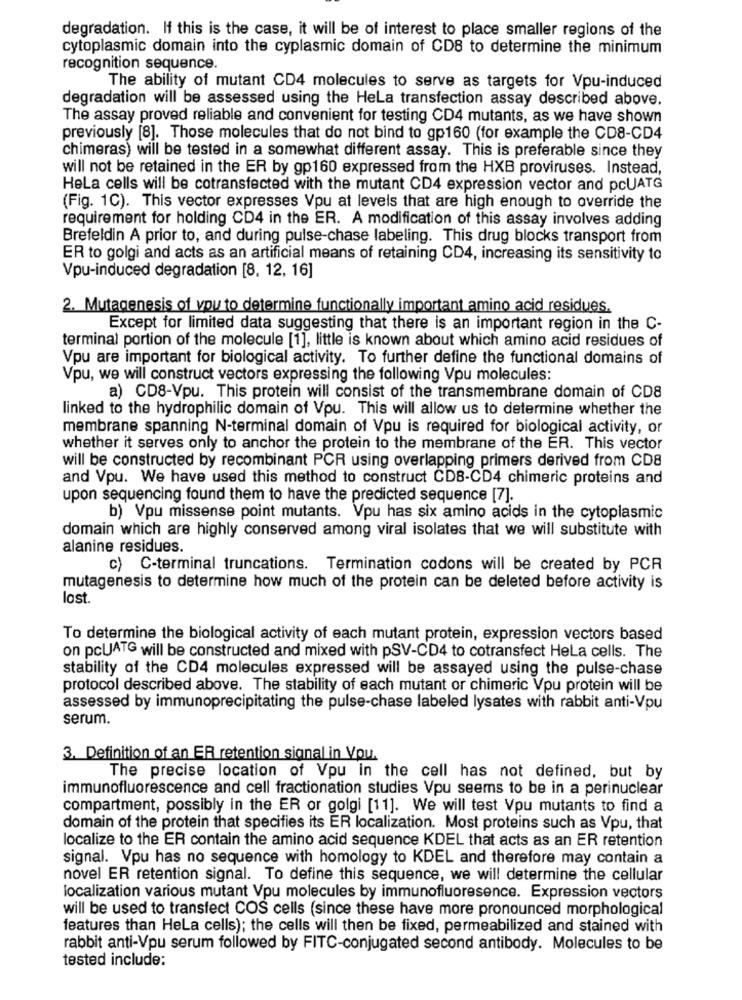
degradation. If this is the case, it will be of interest to place smaller regions of the
cytoplasmic domain into the cyplasmic domain of CD8 to determine the minimum
recognition sequence.
The ability of mutant CD4 molecules to serve as targets for Vpu-induced
degradation will be assessed using the HeLa transfection assay described above.
The assay proved reliable and convenient for testing CD4 mutants, as we have shown
previously [8]. Those molecules that do not bind to gp160 (for example the CD8-CD4
chimeras) will be tested in a somewhat different assay. This is preferable since they
will not be retained in the ER by gp160 expressed from the HXB proviruses. Instead,
Hela cells will be cotransfected with the mutant CD4 expression vector and pcUATG
(Fig. 1C). This vector expresses Vpu at levels that are high enough to override the
requirement for holding CD4 in the ER. A modification of this assay involves adding
Brefeldin A prior to, and during pulse-chase labeling. This drug blocks transport from
ER to golgi and acts as an artificial means of retaining CD4, increasing its sensitivity to
Vpu-induced degradation [8, 12, 16]
2. Mutagenesis of vou to determine functionally important amino acid residues.
Except for limited data suggesting that there is an important region in the C-
terminal portion of the molecule [1], little is known about which amino acid residues of
Vpu are important for biological activity. To further define the functional domains of
Vpu, we will construct vectors expressing the following Vpu molecules:
a) CD8-Vpu. This protein will consist of the transmembrane domain of CD8
linked to the hydrophilic domain of Vpu. This will allow us to determine whether the
membrane spanning N-terminal domain of Vpu is required for biological activity, or
whether it serves only to anchor the protein to the membrane of the ER. This vector
will be constructed by recombinant PCR using overlapping primers derived from CD8
and Vpu. We have used this method to construct CDB-CD4 chimeric proteins and
upon sequencing found them to have the predicted sequence [7].
b) Vpu missense point mutants. Vpu has six amino acids in the cytoplasmic
domain which are highly conserved among viral isolates that we will substitute with
alanine residues.
c) C-terminal truncations. Termination codons will be created by PCR
mutagenesis to determine how much of the protein can be deleted before activity is
lost.
To determine the biological activity of each mutant protein, expression vectors based
on pcUATG will be constructed and mixed with pSV-CD4 to cotransfect Hela cells. The
stability of the CD4 molecules expressed will be assayed using the pulse-chase
protocol described above. The stability of each mutant or chimeric Vpu protein will be
assessed by immunoprecipitating the pulse-chase labeled lysates with rabbit anti-Vpu
serum.
3. Definition of an ER retention signal in Vou.
The precise location of Vou in the cell has not defined, but by
immunofluorescence and cell fractionation studies Vpu seems to be in a perinuclear
compartment, possibly in the ER or golgi [11]. We will test Vpu mutants to find a
domain of the protein that specifies its ER localization. Most proteins such as Vpu, that
localize to the ER contain the amino acid sequence KDEL that acts as an ER retention
signal. Vpu has no sequence with homology to KDEL and therefore may contain a
novel ER retention signal. To define this sequence, we will determine the cellular
localization various mutant Vpu molecules by immunofluoresence. Expression vectors
will be used to transfect COS cells (since these have more pronounced morphological
features than Hela cells); the cells will then be fixed, permeabilized and stained with
rabbit anti-Vpu serum followed by FITC-conjugated second antibody. Molecules to be
tested include: